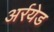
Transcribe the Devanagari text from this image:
अर्रयेड